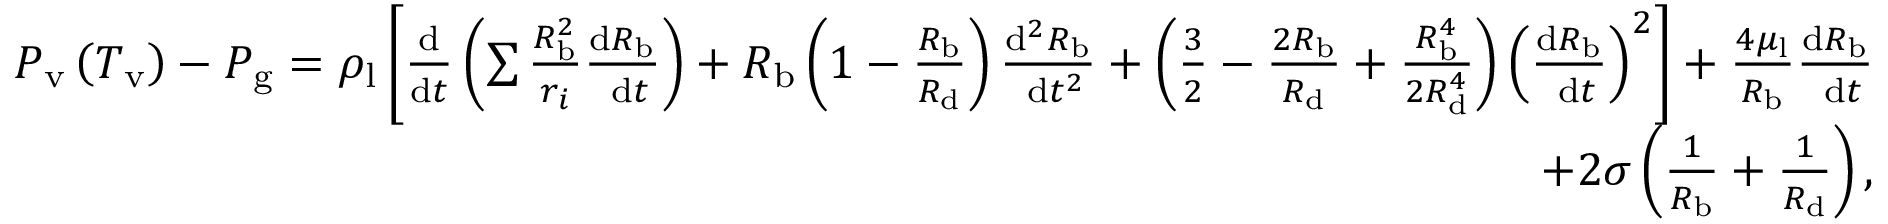
\begin{array} { r } { P _ { \mathrm { v } } \left( T _ { \mathrm { v } } \right) - P _ { \mathrm { g } } = \rho _ { \mathrm { l } } \left[ \frac { \mathrm { d } } { \mathrm { d } t } \left( \sum \frac { R _ { \mathrm { b } } ^ { 2 } } { r _ { i } } \frac { \mathrm { d } R _ { \mathrm { b } } } { \mathrm { ~ d } t } \right) + R _ { \mathrm { b } } \left( 1 - \frac { R _ { \mathrm { b } } } { R _ { \mathrm { d } } } \right) \frac { \mathrm { d } ^ { 2 } R _ { \mathrm { b } } } { \mathrm { ~ d } t ^ { 2 } } + \left( \frac { 3 } { 2 } - \frac { 2 R _ { \mathrm { b } } } { R _ { \mathrm { d } } } + \frac { R _ { \mathrm { b } } ^ { 4 } } { 2 R _ { \mathrm { d } } ^ { 4 } } \right) \left( \frac { \mathrm { d } R _ { \mathrm { b } } } { \mathrm { ~ d } t } \right) ^ { 2 } \right] + \frac { 4 \mu _ { \mathrm { l } } } { R _ { \mathrm { b } } } \frac { \mathrm { d } R _ { \mathrm { b } } } { \mathrm { ~ d } t } } \\ { + 2 \sigma \left( \frac { 1 } { R _ { \mathrm { b } } } + \frac { 1 } { R _ { \mathrm { d } } } \right) , } \end{array}